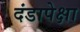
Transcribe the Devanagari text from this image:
दंडापेक्षा